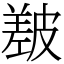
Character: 㿷